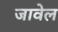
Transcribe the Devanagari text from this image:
जावेल